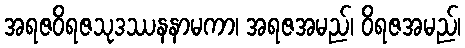
အရဇဝိရဇသုဒဿနနာမကာ၊ အရဇအမည်၊ ဝိရဇအမည်၊